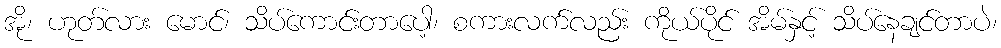
အို၊ ဟုတ်လား မောင်၊ သိပ်ကောင်းတာပေါ့၊ စကားလက်လည်း ကိုယ်ပိုင် အိမ်နှင့် သိပ်နေချင်တာပဲ၊